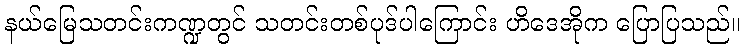
နယ်မြေသတင်းကဏ္ဍတွင် သတင်းတစ်ပုဒ်ပါကြောင်း ဟိဒေအိုက ပြောပြသည်။